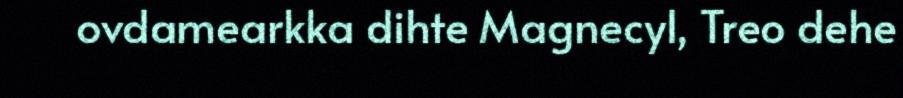
ovdamearkka dihte Magnecyl, Treo dehe